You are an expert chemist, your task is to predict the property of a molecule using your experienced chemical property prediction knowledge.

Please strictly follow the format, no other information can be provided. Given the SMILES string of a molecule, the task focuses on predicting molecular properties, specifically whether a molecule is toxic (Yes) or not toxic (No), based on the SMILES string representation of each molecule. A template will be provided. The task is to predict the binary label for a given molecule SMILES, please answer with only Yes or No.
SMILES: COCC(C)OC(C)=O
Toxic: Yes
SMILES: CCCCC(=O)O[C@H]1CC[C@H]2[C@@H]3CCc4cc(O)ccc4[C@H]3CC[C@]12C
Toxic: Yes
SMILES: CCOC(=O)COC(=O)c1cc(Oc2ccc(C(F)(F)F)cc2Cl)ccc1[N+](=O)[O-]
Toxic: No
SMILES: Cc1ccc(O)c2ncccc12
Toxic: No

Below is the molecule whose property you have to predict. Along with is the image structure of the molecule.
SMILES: O=S(=O)([O-])C(F)(F)C(F)(F)C(F)(F)C(F)(F)C(F)(F)C(F)(F)F
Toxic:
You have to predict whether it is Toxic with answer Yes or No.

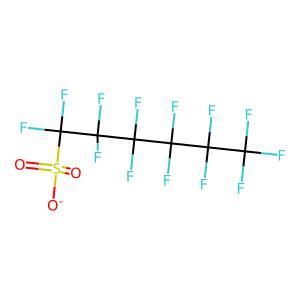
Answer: No